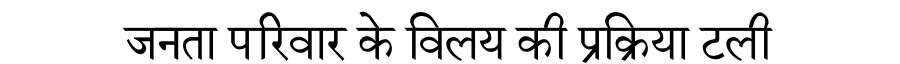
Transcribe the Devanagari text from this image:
जनता परिवार के विलय की प्रक्रिया टली